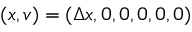
( \boldsymbol { x } , \boldsymbol { v } ) = ( \Delta x , 0 , 0 , 0 , 0 , 0 )